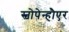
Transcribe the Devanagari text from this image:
स्चोपेन्हौएर